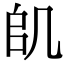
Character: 𠙋